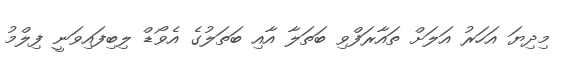
މިދިޔަ އަހަރު އަލަށް ތައާރަފްވި ބަތަލާ އާއި ބަތަލުގެ އެވޯޑް ލިބިފައިވަނީ ފިލްމު